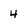
Character: 4